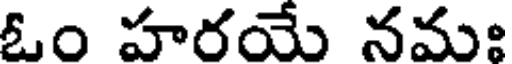
ఓం హరయే నమః